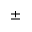
\pm